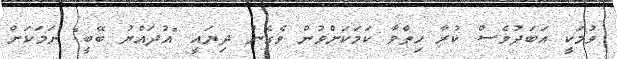
ވުމަކީ އަބަދުވެސް ކުރާ ހިތްވާ ކަމަކަށްވުން ވެގެން ދިޔައީ "އުދައްޔު ބޭބީ" ނަމަކަށް